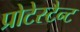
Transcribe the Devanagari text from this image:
प्रोटेस्टैन्ट